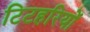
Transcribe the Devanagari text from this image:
टिटहरियों